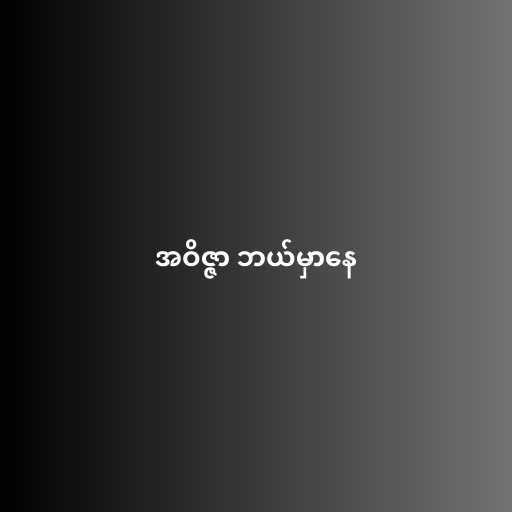
အဝိဇ္ဇာ ဘယ်မှာနေ